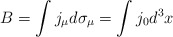
\begin{align*}B = \int j_{\mu} d \sigma_{\mu} = \int j_{0} d^{3} x\end{align*}